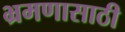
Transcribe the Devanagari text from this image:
भ्रमणासाठी